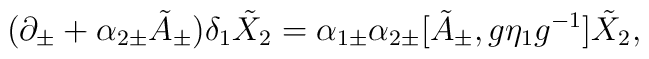
(\partial_\pm + \alpha_{2\pm} \tilde{A}_\pm) \delta_1 \tilde{X}_2 =\alpha_{1\pm} \alpha_{2\pm} [\tilde{A}_\pm, g\eta_1 g^{-1}]\tilde{X}_2,